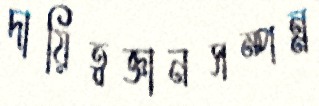
দায়িত্বজ্ঞানসম্পন্ন